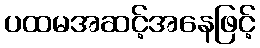
ပထမအဆင့်အနေဖြင့်